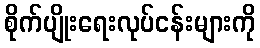
စိုက်ပျိုးရေးလုပ်ငန်းများကို